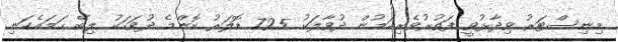
މިނިސްޓަރު ވިދާޅުވީ ފަތުރުވެރިކަމުން ދުވާލަކު 725 ޑޮލަރު ކޮންމެ ދުވަހަކު ލިބޭ ހަމައެކަނި